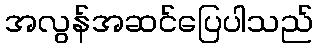
အလွန်အဆင်ပြေပါသည်